Vaccination report Assam 1896-1927 - 1896-1927
Year: 1896
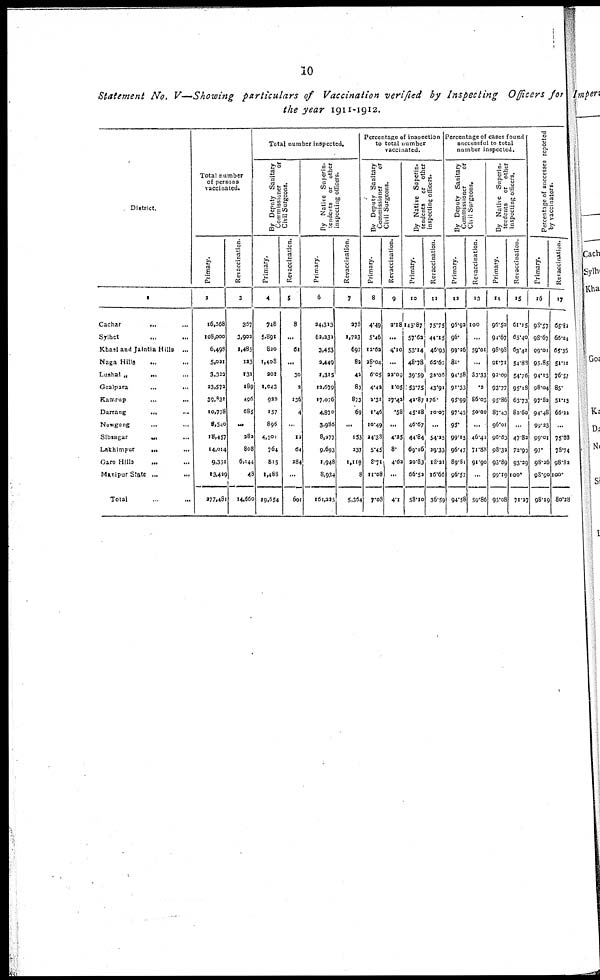
10
Statement No. V—Showing particulars of Vaccination verified by Inspecting Officers for
the year 1911-1912.
District.
1
Cachar
... ...
Sylhet ... ...
Khasi and Jalntia Hills ...
Naga Hills ... ...
Lushal „
... ...
Goalpara
...
...
Kamrup
...
...
Darrang
...
...
Nowgong
... ...
Sibsagar
... ... ...
Lakhimpur ... ...
Garo Hilla
... ...
Manipur State ...
...
Total ...
Total number
of persons
vaccinated.
Primary.
2
16,568
108,000
6,498
5,021
3,322
23,572
39,831
10,778
8,540
18,457
14,014
9,351
13,429
277,481
Revaccination.
3
367
3,902
1,485
123
131
189
496
685
...
282
808
6,144
48
14,660
Total number inspected.
By Deputy Sanitary
Commissioner
or
Civil
Surgeons.
Primary.
4
748
5,891
820
1,408
201
1,043
922
157
896
4,501
764
815
1,488
19,054
Revaccination.
5
8
...
61
...
30
2
136
4
...
12
64
284
...
601
By
Native Superin¬
tendents or other
inspecting officers.
Primary.
6
24,313
62,232
3,453
3,449
1,315
12,679
17,076
4,870
3,986
8,277
9,693
1,948
8,934
161,225
Revaccination.
7
278
1,723
697
82
42
83
873
69
...
153
237
1,119
8
5,364
Percentage of inspection
to total number
vaccinated.
By Deputy Sanitary
Commissioner
or
Civil Surgeons.
Primary.
8
4.49
5.46
12.62
28.04
6.05
4.43
2.31
1.46
10.49
24.38
5.45
8.71
11.08
7.08
Revaccination.
9
2.18
...
4.10
...
22.09
1.05
27.42
.58
...
4.25
8.
4.62
...
4.1
By Native Superin-
tendents or other
inspecting officers.
Primary.
10
145.87
57.63
53.14
48.78
39.59
53.75
42.87
45.18
46.67
44.84
69.16
20.83
66.52
58.10
Revaccination.
11
75.75
44.15
46.93
65.67
32.08
43.91
176.
10.07
...
54.35
29.33
18.21
16.66
36.59
Percentage of cases found
successful to total
number inspected.
By Deputy Sanitary
Commissioner
or
Civil Surgeons.
Primary.
12
96.92
96.
99.26
81.
94.58
91.33
95.99
97.45
95.
99.15
96.47
89.81
96.57
94.58
Revaccination.
13
100
...
59.01
...
33.33
.3
86.03
50.00
...
46.42
71.88
91.90
...
59.86
By Native Superin-
tendents or other
inspecting officers.
Primary.
14
96.50
94.67
98.98
91.71
92.09
93.77
95.86
87.43
96.01
96.63
98.33
93.89
99.19
95.08
Revaccination.
15
61.15
65.40
63.41
54.83
54.76
95.13
63.73
82.60
47.83
72.90
93.29
100.
71.27
Percentage of successes reported
by vaccinators.
Primary.
16
98.57
98.67
99.01
95.85
94.13
98.04
97.83
94.48
99.23
99.01
97.
98.26
98.90
98.19
Revaccination.
17
65.82
66.04
65.35
51.11
76.57
85.
51.13
66.22
...
75.88
78.74
98.82
100.
80.28